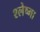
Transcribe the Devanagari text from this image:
श्‍लेष्‍मा